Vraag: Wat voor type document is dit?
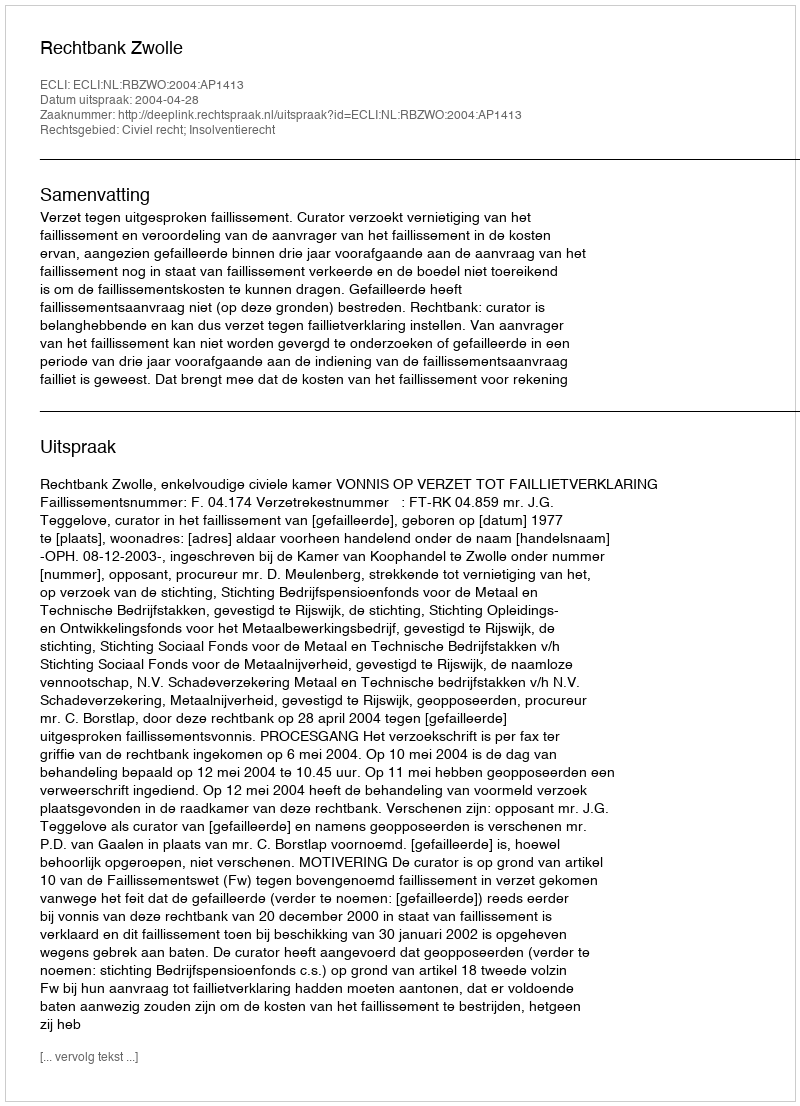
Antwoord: Uitspraak